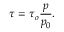
\tau = \tau _ { o } { \frac { p } { p _ { 0 } } } .